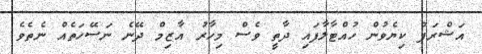
އަޝްރަފް ކިޔެވުން ހުއްޓާލާފައި ދާތީ ވެސް މިހާރު އާޒިމް ދޭނެ ނަސޭހަތެއް ނެތެވެ.